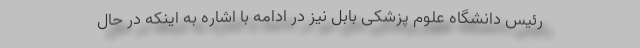
رئیس دانشگاه علوم پزشکی بابل نیز در ادامه با اشاره به اینکه در حال